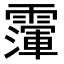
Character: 𩅴